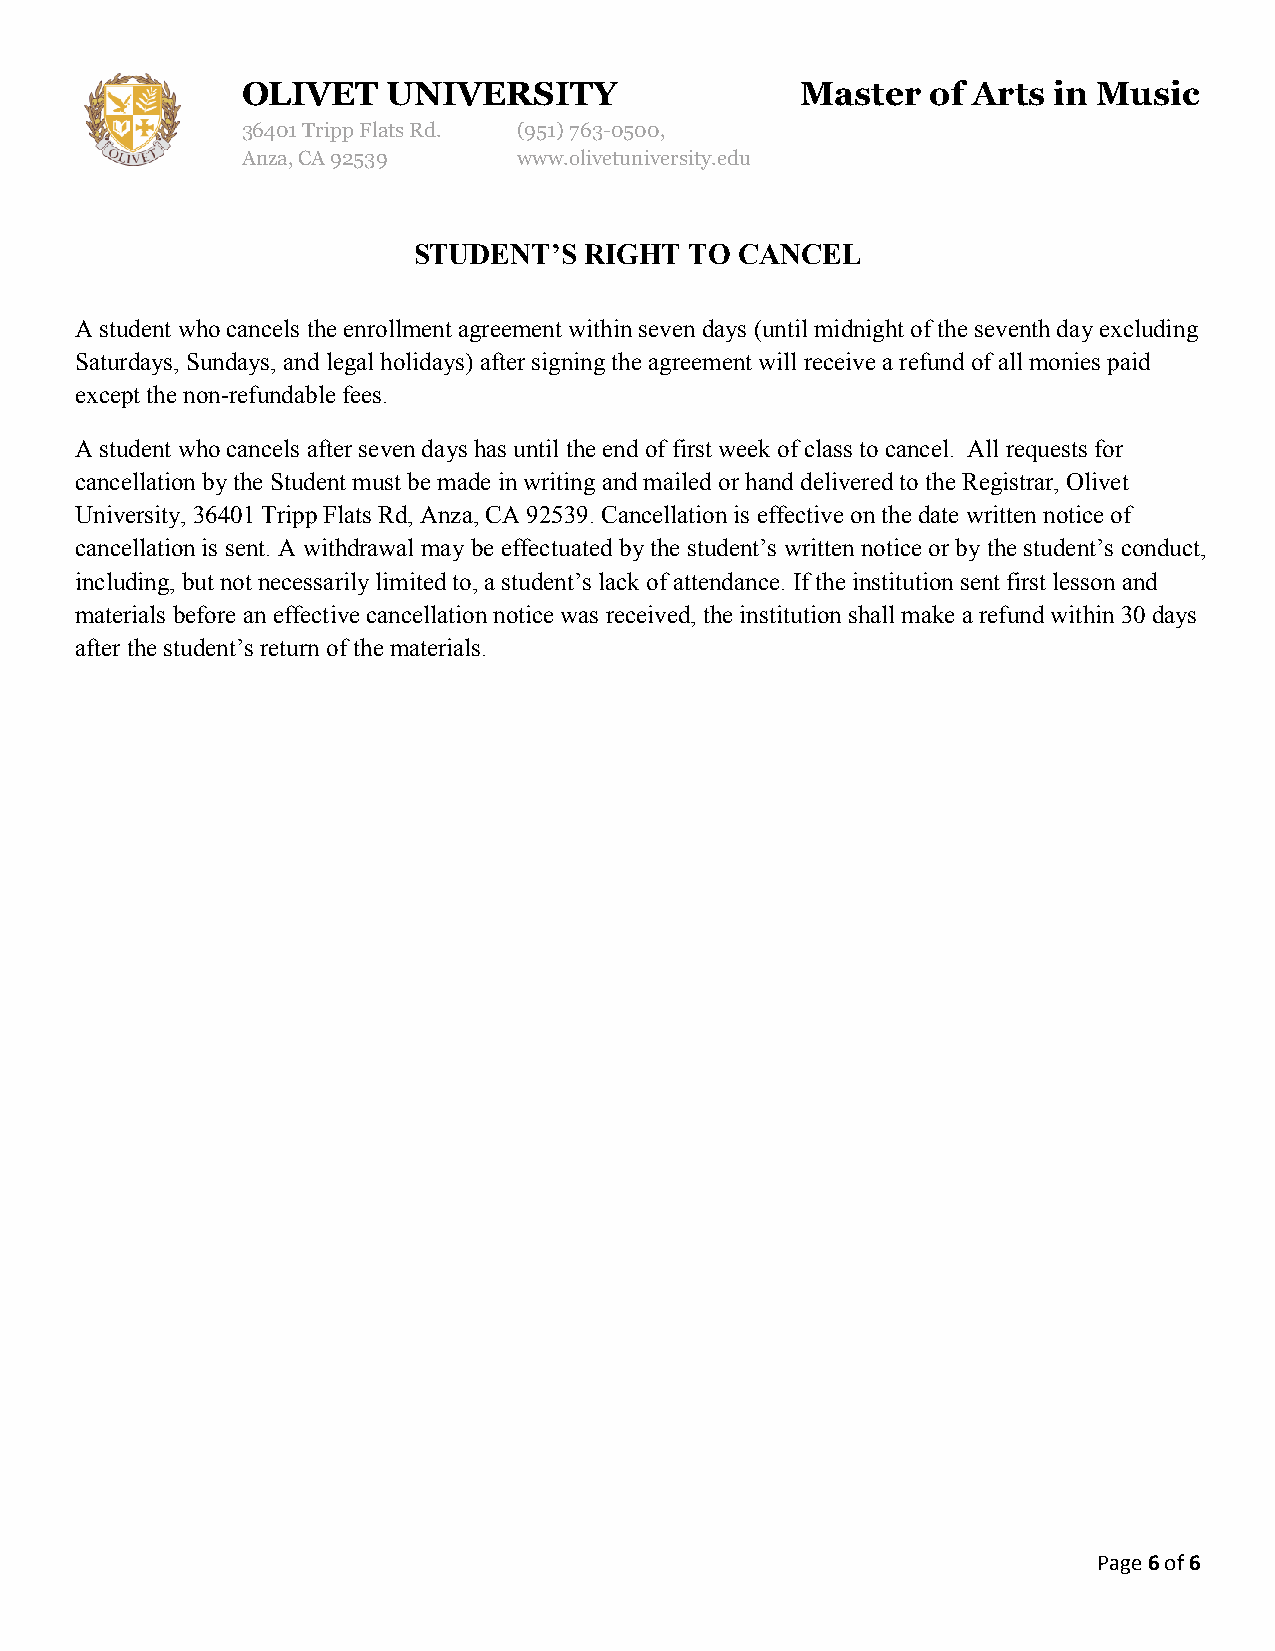
OLIVET    UNIVERSITY                 Master   of Arts in Music
 36401 Tripp Flats Rd. (951)763-0500,
 Anza, CA 92539    www.olivetuniversity.edu
 STUDENT’S   RIGHT  TO CANCEL
 A student who cancels the enrollment agreement within seven days (until midnight of the seventh day excluding
 Saturdays, Sundays, and legal holidays) after signing the agreement will receive a refund of all monies paid
 except the non-refundable fees.
 A student who cancels after seven days has until the end of first week of class to cancel. All requests for
 cancellation by the Student must be made in writing and mailed or hand delivered to the Registrar, Olivet
 University, 36401 Tripp Flats Rd, Anza, CA 92539. Cancellation is effective on the date written notice of
 cancellation is sent. A withdrawal may be effectuated by the student’s written notice or by the student’s conduct,
 including, but not necessarily limited to, a student’s lack of attendance. If the institution sent first lesson and
 materials before an effective cancellation notice was received, the institution shall make a refund within 30 days
 after the student’s return of the materials.
 Page 6 of 6